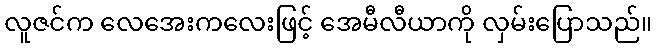
လူဇင်က လေအေးကလေးဖြင့် အေမီလီယာကို လှမ်းပြောသည်။